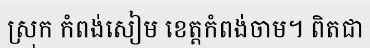
ស្រុក កំពង់សៀម ខេត្តកំពង់ចាម។ ពិតជា